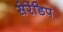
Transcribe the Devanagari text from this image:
सेरेंडिप